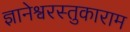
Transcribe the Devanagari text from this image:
ज्ञानेश्वरस्तुकाराम